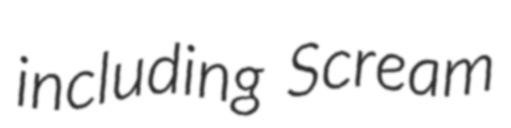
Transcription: including Scream